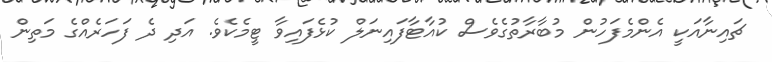
ޗައިނާއަކީ އެންމެފަހުން މުބާރާތުގެވެސް ކުއާޓާފައިނަލް ކުޅެފައިވާ ޓީމެކެވެ. އަދި ދެ ފަހަރެއްގެ މަތިން